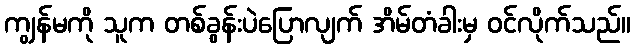
ကျွန်မကို သူက တစ်ခွန်းပဲပြောလျက် အိမ်တံခါးမှ ဝင်လိုက်သည်။